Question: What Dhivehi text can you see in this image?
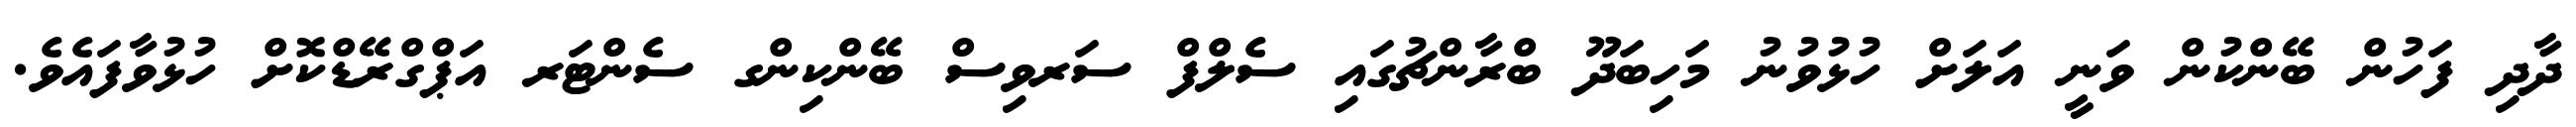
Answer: ދާދި ފަހުން ބޭންކުން ވަނީ އަލަށް ހުޅުވުނު މަހިބަދޫ ބްރާންޗުގައި ސެލްފް ސަރވިސް ބޭންކިންގ ސެންޓަރ އަޕްގްރޭޑްކޮށް ހުޅުވާފައެވެ.